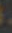
.